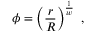
\phi = \left( { \frac { r } { R } } \right) ^ { \frac { 1 } { w } } \ ,